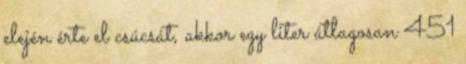
elején érte el csúcsát, akkor egy liter átlagosan 451